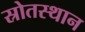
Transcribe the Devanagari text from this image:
स्रोतस्थान